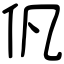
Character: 𠆩